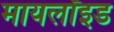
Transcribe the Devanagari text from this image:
मायलॉइड